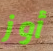
أوز